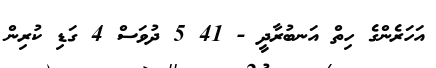
އަހަރެންގެ ހިތް އަނބުރާދީ - 41 5 ދުވަސް 4 ގަޑި ކުރިން